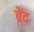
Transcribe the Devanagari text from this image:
ब्रेंद